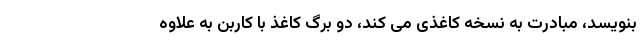
بنویسد، مبادرت به نسخه کاغذی می کند، دو برگ کاغذ با کاربن به علاوه